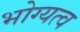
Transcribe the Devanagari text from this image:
भोग्यत्व